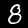
Digit: 8